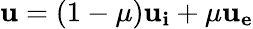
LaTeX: \mathbf{u}=(1-\mu)\mathbf{u_{i}}+\mu\mathbf{u_{e}}